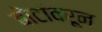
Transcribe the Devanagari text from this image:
बोटांवरून